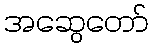
အဆွေတော်